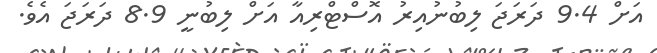
އަށް 9.4 ދަރަޖަ ލިބުނުއިރު އޮސްޓްރިއާ އަށް ލިބުނީ 8.9 ދަރަޖަ އެވެ.